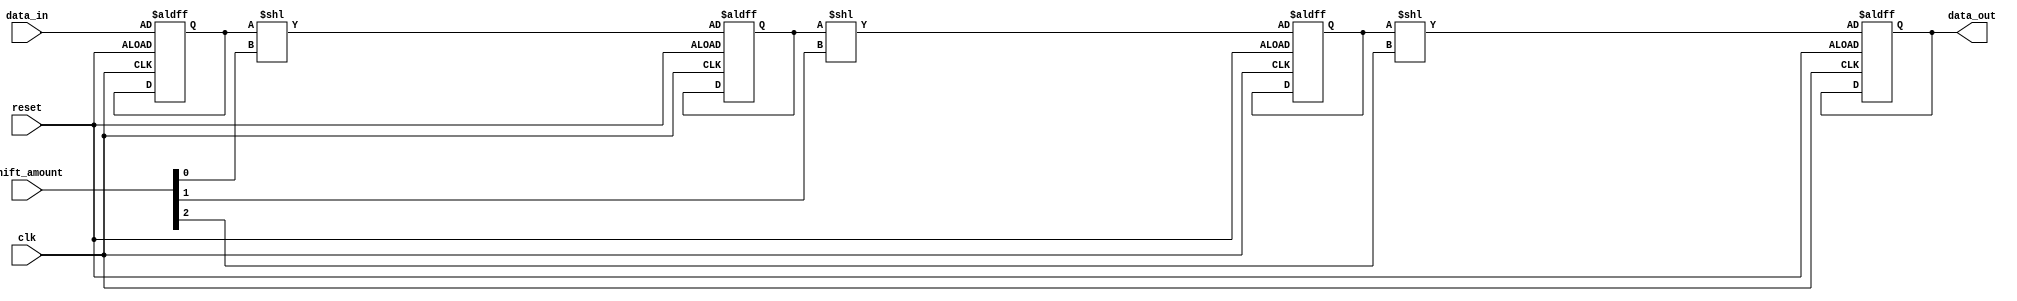
module Barrel_Shifter (
    input wire clk,
    input wire reset,
    input wire [7:0] data_in,
    input wire [2:0] shift_amount,
    output reg [7:0] data_out
);

reg [7:0] temp_data [2:0];

always @(posedge clk or posedge reset) begin
    if (reset) begin
        data_out <= 8'b0;
        temp_data[0] <= data_in;
        temp_data[1] <= temp_data[0] << shift_amount[0];
        temp_data[2] <= temp_data[1] << shift_amount[1];
        data_out <= temp_data[2] << shift_amount[2];
    end
end

endmodule